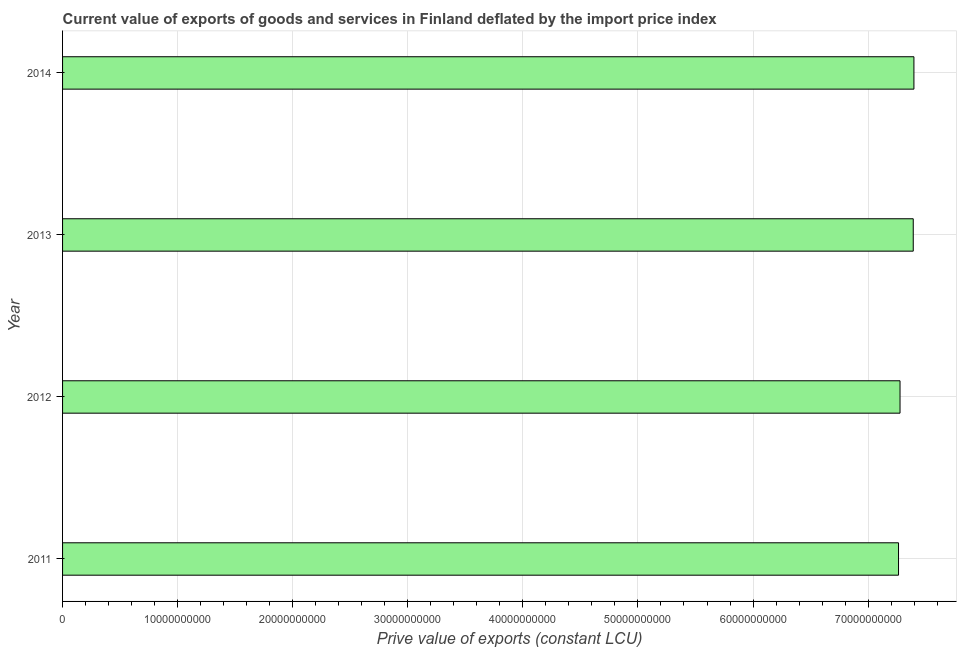
| Year | Exports as a capacity to import (constant LCU) |
 | --- | --- |
 | 2011 | 7.26e+10 |
 | 2012 | 7.28e+10 |
 | 2013 | 7.39e+10 |
 | 2014 | 7.4e+10 |